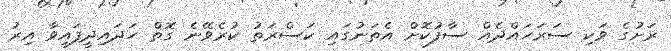
ރަށުގެ ވަކި ސަރަހައްދެއް ސާފުކޮށް އެތަނުގައި ކަސްރަތު ކުރެވޭނެ ގޮތް ހަދައިދީފައިވާ އިރު